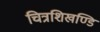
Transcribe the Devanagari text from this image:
चित्रशिखण्डि